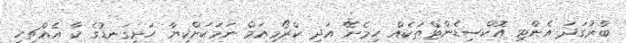
ބާރުގަދަ އެންޓި އޮކްސިޑެންޓްތަކެއް ހިމެނޭ އަދި ކްރޯމިއަމް ނަމަކަށްކިޔާ ހަށިގަނޑުގެ ކާ އެއްޗިހި